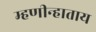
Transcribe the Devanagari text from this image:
म्हणीन्हाताय